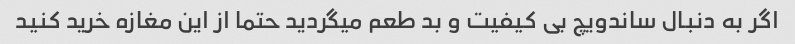
اگر به دنبال ساندویچ بی کیفیت و بد طعم میگردید حتما از این مغازه خرید کنید